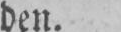
den.